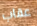
عقاب